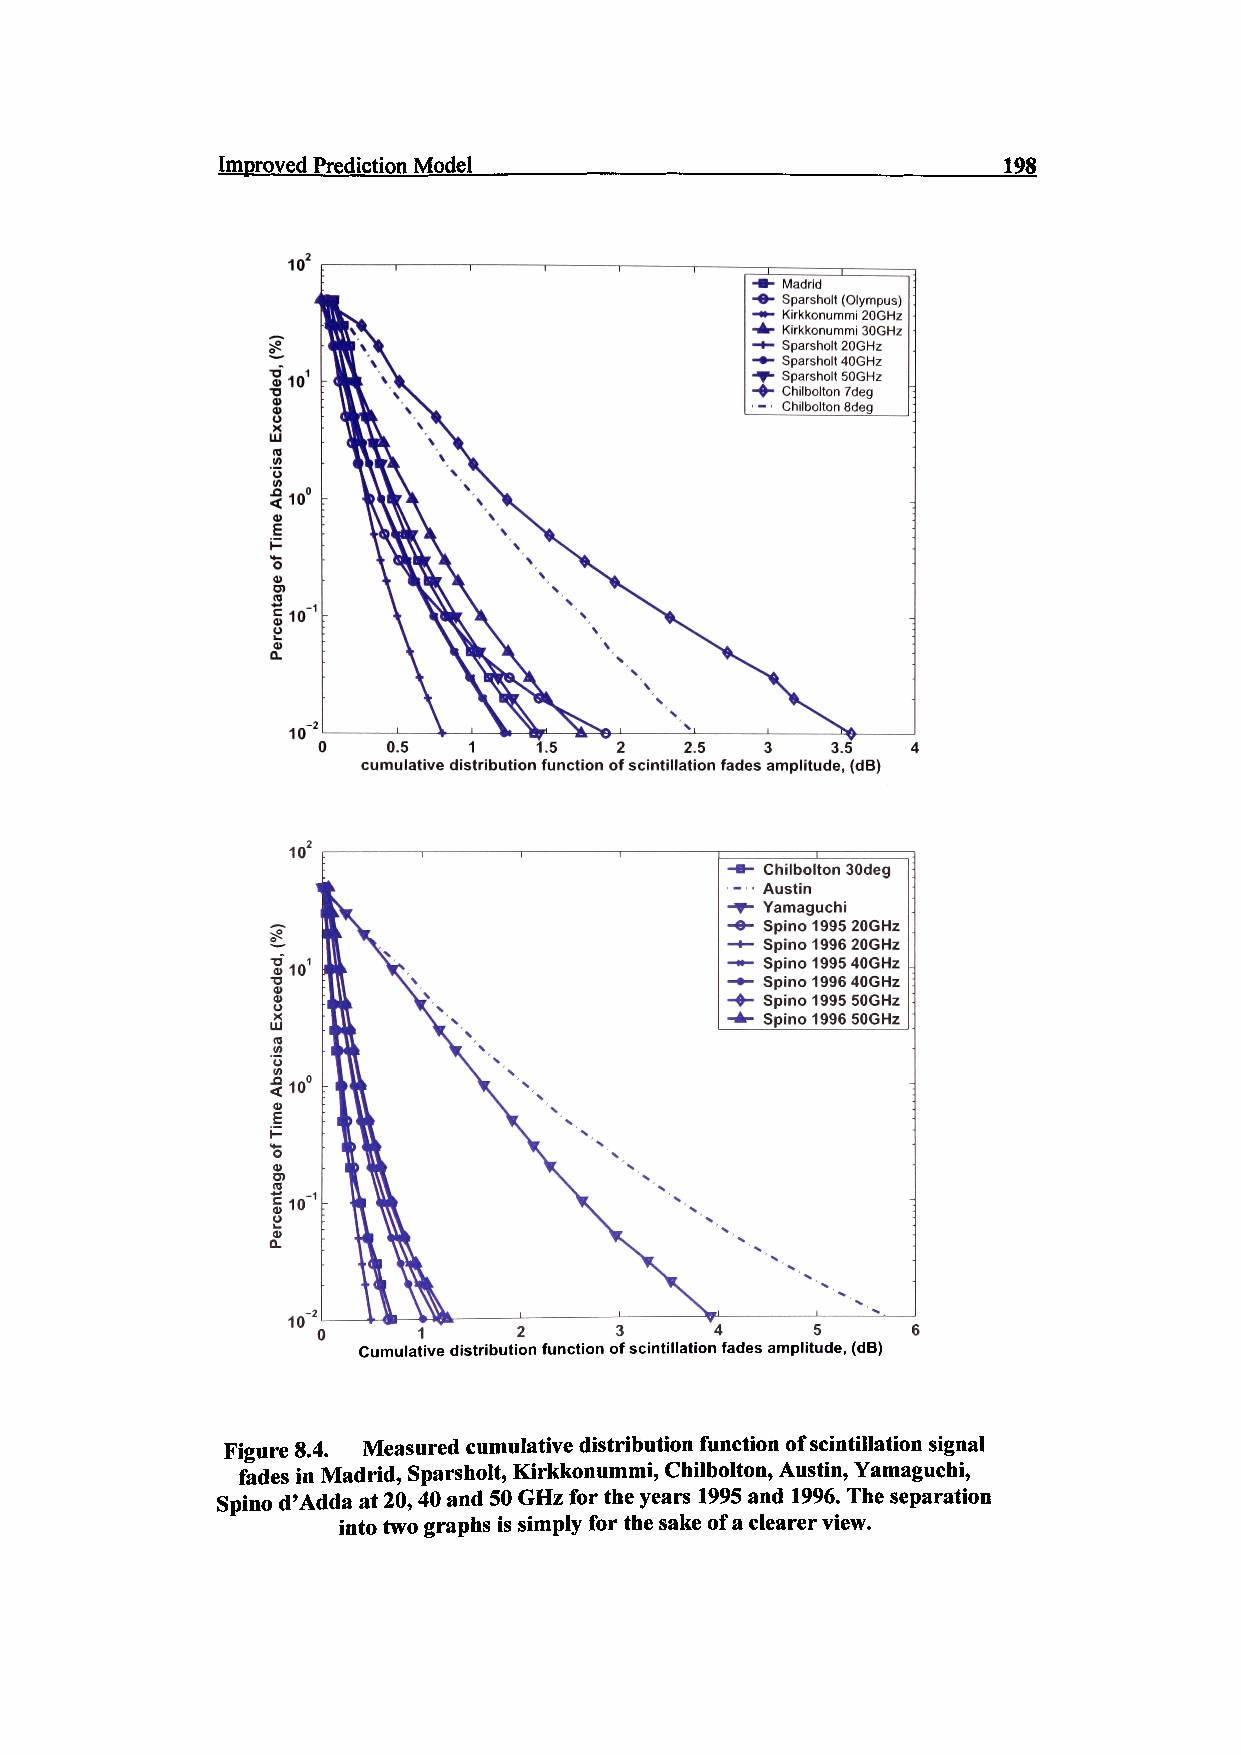
Improved Prediction Model                           198
 Madrid
 Sparsholt (Olympus)
 Kirkkonummi 20GHz
 Kirkkonummi SOGHz
 Sparsholt 20GHz
 Sparsholt 40GHz
 Sparsholt SOGHz
 Chilbolton 7deg
 Chilbolton 8deg
 10
 0.5  1    1.5  2   2.5   3   3.5  4
 cumulative distribution function of scintillation fades amplitude, (dB)
 -*• Chilbolton 30deg
 1 - • • Austin
 -T- Yamaguchi
 -O- Spino199520GHz
 -t- Spino 1996 20GHz
 -*- Spino 1995 40GHz
 -•- Spino 1996 40GHz
 Spino 1995 SOGHz
 Spino 1996 SOGHz
 12           3     4      5     6
 Cumulative distribution function of scintillation fades amplitude, (dB)
 Figure 8.4. Measured cumulative distribution function of scintillation signal
 fades in Madrid, Sparsholt, Kirkkonummi, Chilbolton, Austin, Yamaguchi,
 Spino d'Adda at 20,40 and 50 GHz for the years 1995 and 1996. The separation
 into two graphs is simply for the sake of a clearer view.